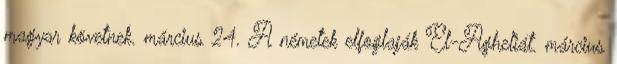
magyar követnek. március 24. A németek elfoglaják El-Agheliát. március